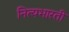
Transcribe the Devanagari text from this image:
नित्यभारती